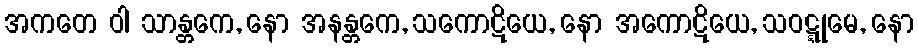
အကတေ ဝါ သာန္တကေ, နော အနန္တကေ, သကောဋိယေ, နော အကောဋိယေ, သဝဋ္ဋုမေ, နော